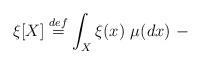
LaTeX: \begin{align*} \xi[X] \stackrel{def}{=} \int_X \xi(x) \ \mu(dx) \ -\end{align*}